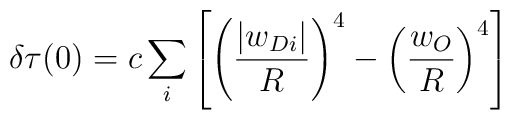
\delta \tau (0) = c \sum_i \left[\left(\frac{|w_{Di}|}{R}\right)^4 -\left(\frac{w_{O}}{R}\right)^4\right]